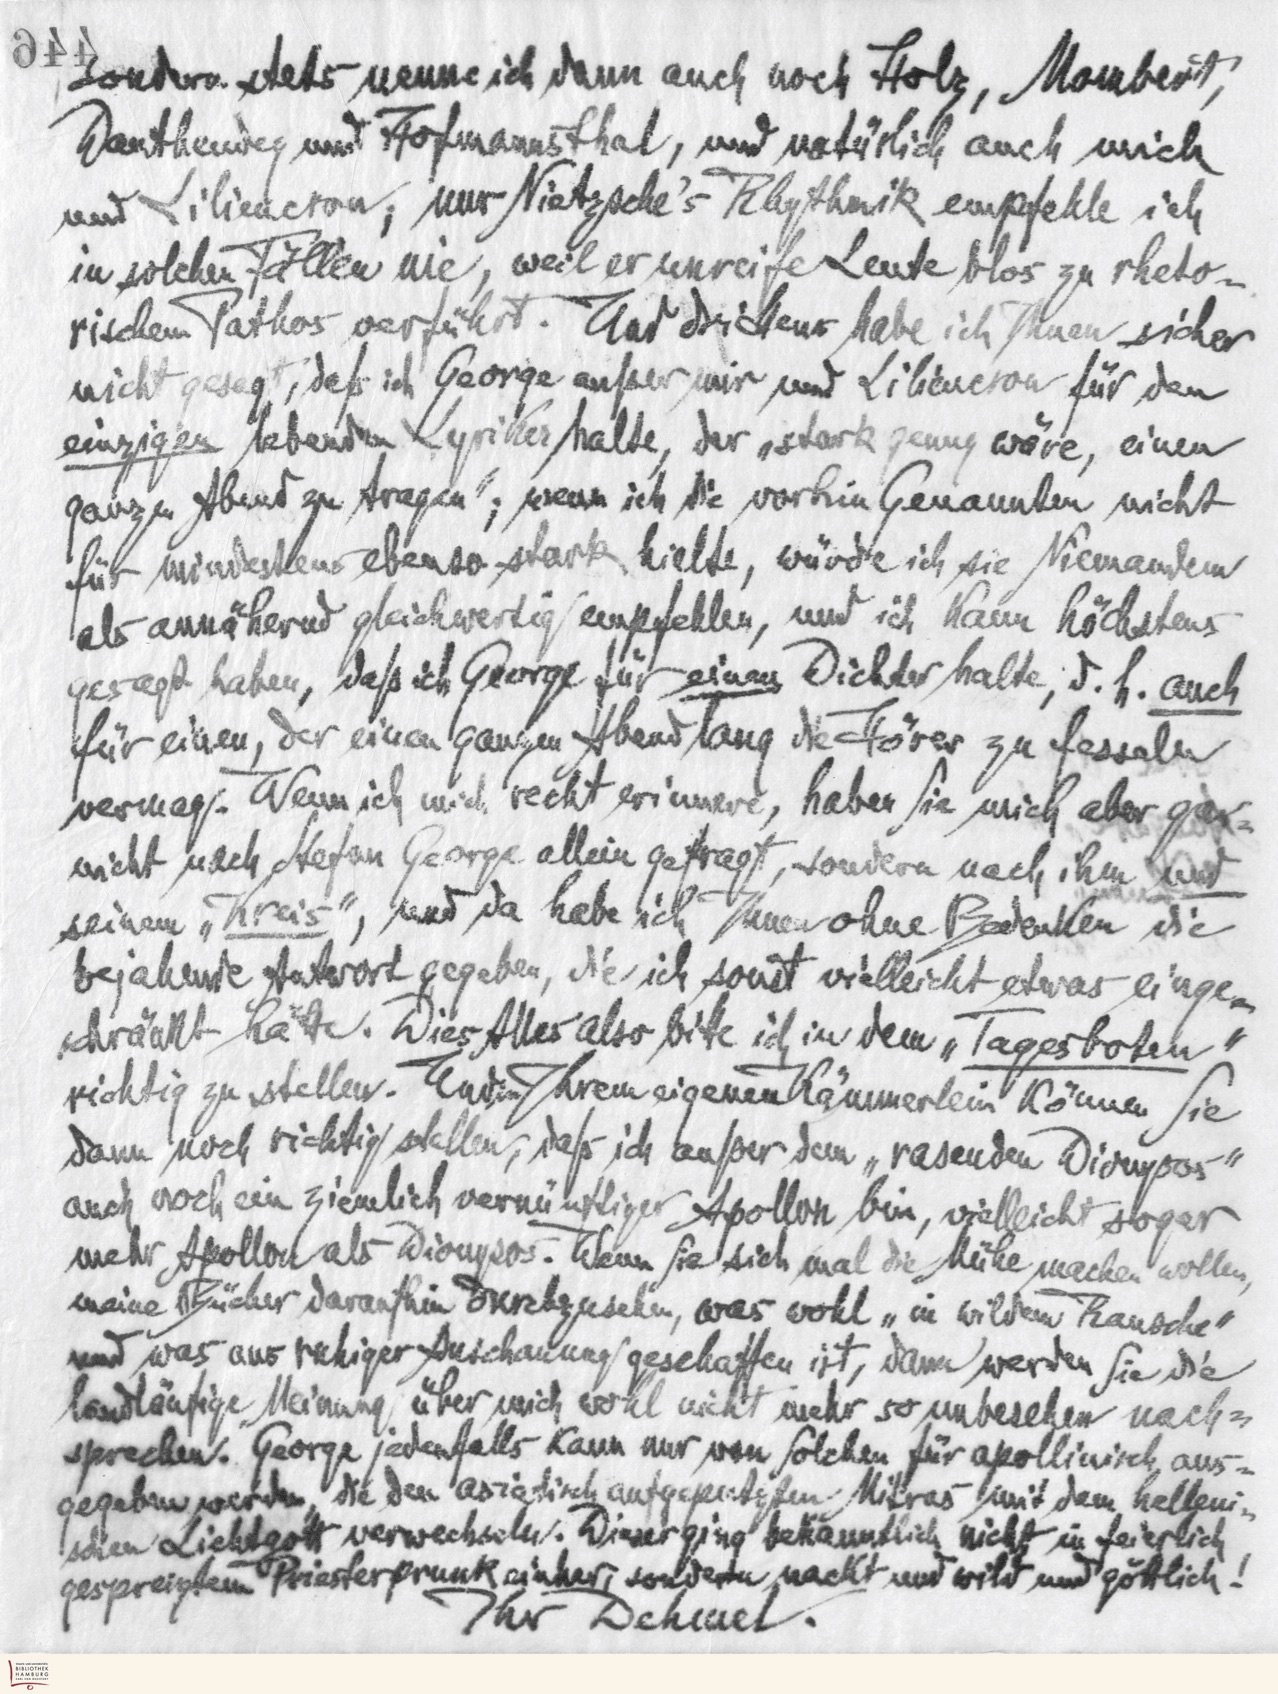
sondern stets nenne ich dann auch Holz, Mombert,
Dauthendey und Hofmannsthal, und natürlich auch mich
und Lieliencron; nur Nietzsche´s Rhythmik empfehle ich
in solchen Fällen nie, weil er unreife Leute blos zu rheto-
rischem Pathos verführt. Und drittens habe ich Ihnen sicher
nicht gesagt, daß ich George außer mir und Liliencron für den
einzigen lebenden Lyriker halte, der "stark genug wäre, einen
ganzen Abend zu tragen"; wenn ich die vorhin Genannten nicht
für mindestens ebenso stark hielte, würde ich sie Niemandem
als annähernd gleichwertig empfehlen, und ich kann höchstens
gesagt haben, daß ich George für einen Dichter halte, d.h. auch
für einen, der einen ganzen Abend lang die Hörer zu fesseln
vermag. Wenn ich mich recht erinnere, haben Sie mich aber gar-
nicht nach Stefan George allein gefragt, sondern nach ihm und
seinem "Kreis", und da habe ich Ihnen ohne Bedenken die
bejahende Antwort gegeben, die ich sonst vielleicht etwas einge-
schränkt hätte. Dies Alles also bitte ich in dem "Tagesboten"
richtig zu stellen. Und in Ihrem eigenen Kämmerlein können Sie
dann noch richtig stellen, daß ich außer dem "rasenden Dionysos"
auch noch ein ziemlich vernünftiger Apollon bin, vielleicht sogar
mehr Apollon als Dionysos. Wenn Sie sich mal die Mühe machen wollen,
meine Bücher daraufhin Durchzusehen, was wohl "in wildem Rausche"
und was aus ruhiger Anschauung geschaffen ist, dann werden Sie die
landläufige Meinung über mich wohl nicht mehr so unbesehen nach=
sprechen. George jedenfalls kann nur von solchen für apollinisch aus-
gegeben werden, die den asiatisch aufgeputzten Mitras mit dem helleni-
schen Lichtgott verwechseln. Dieser ging bekanntlich nicht in feierlich
gespreiztem Priesterprunk einher, sondern nackt und wild und göttlich!
Ihr Dehmel.